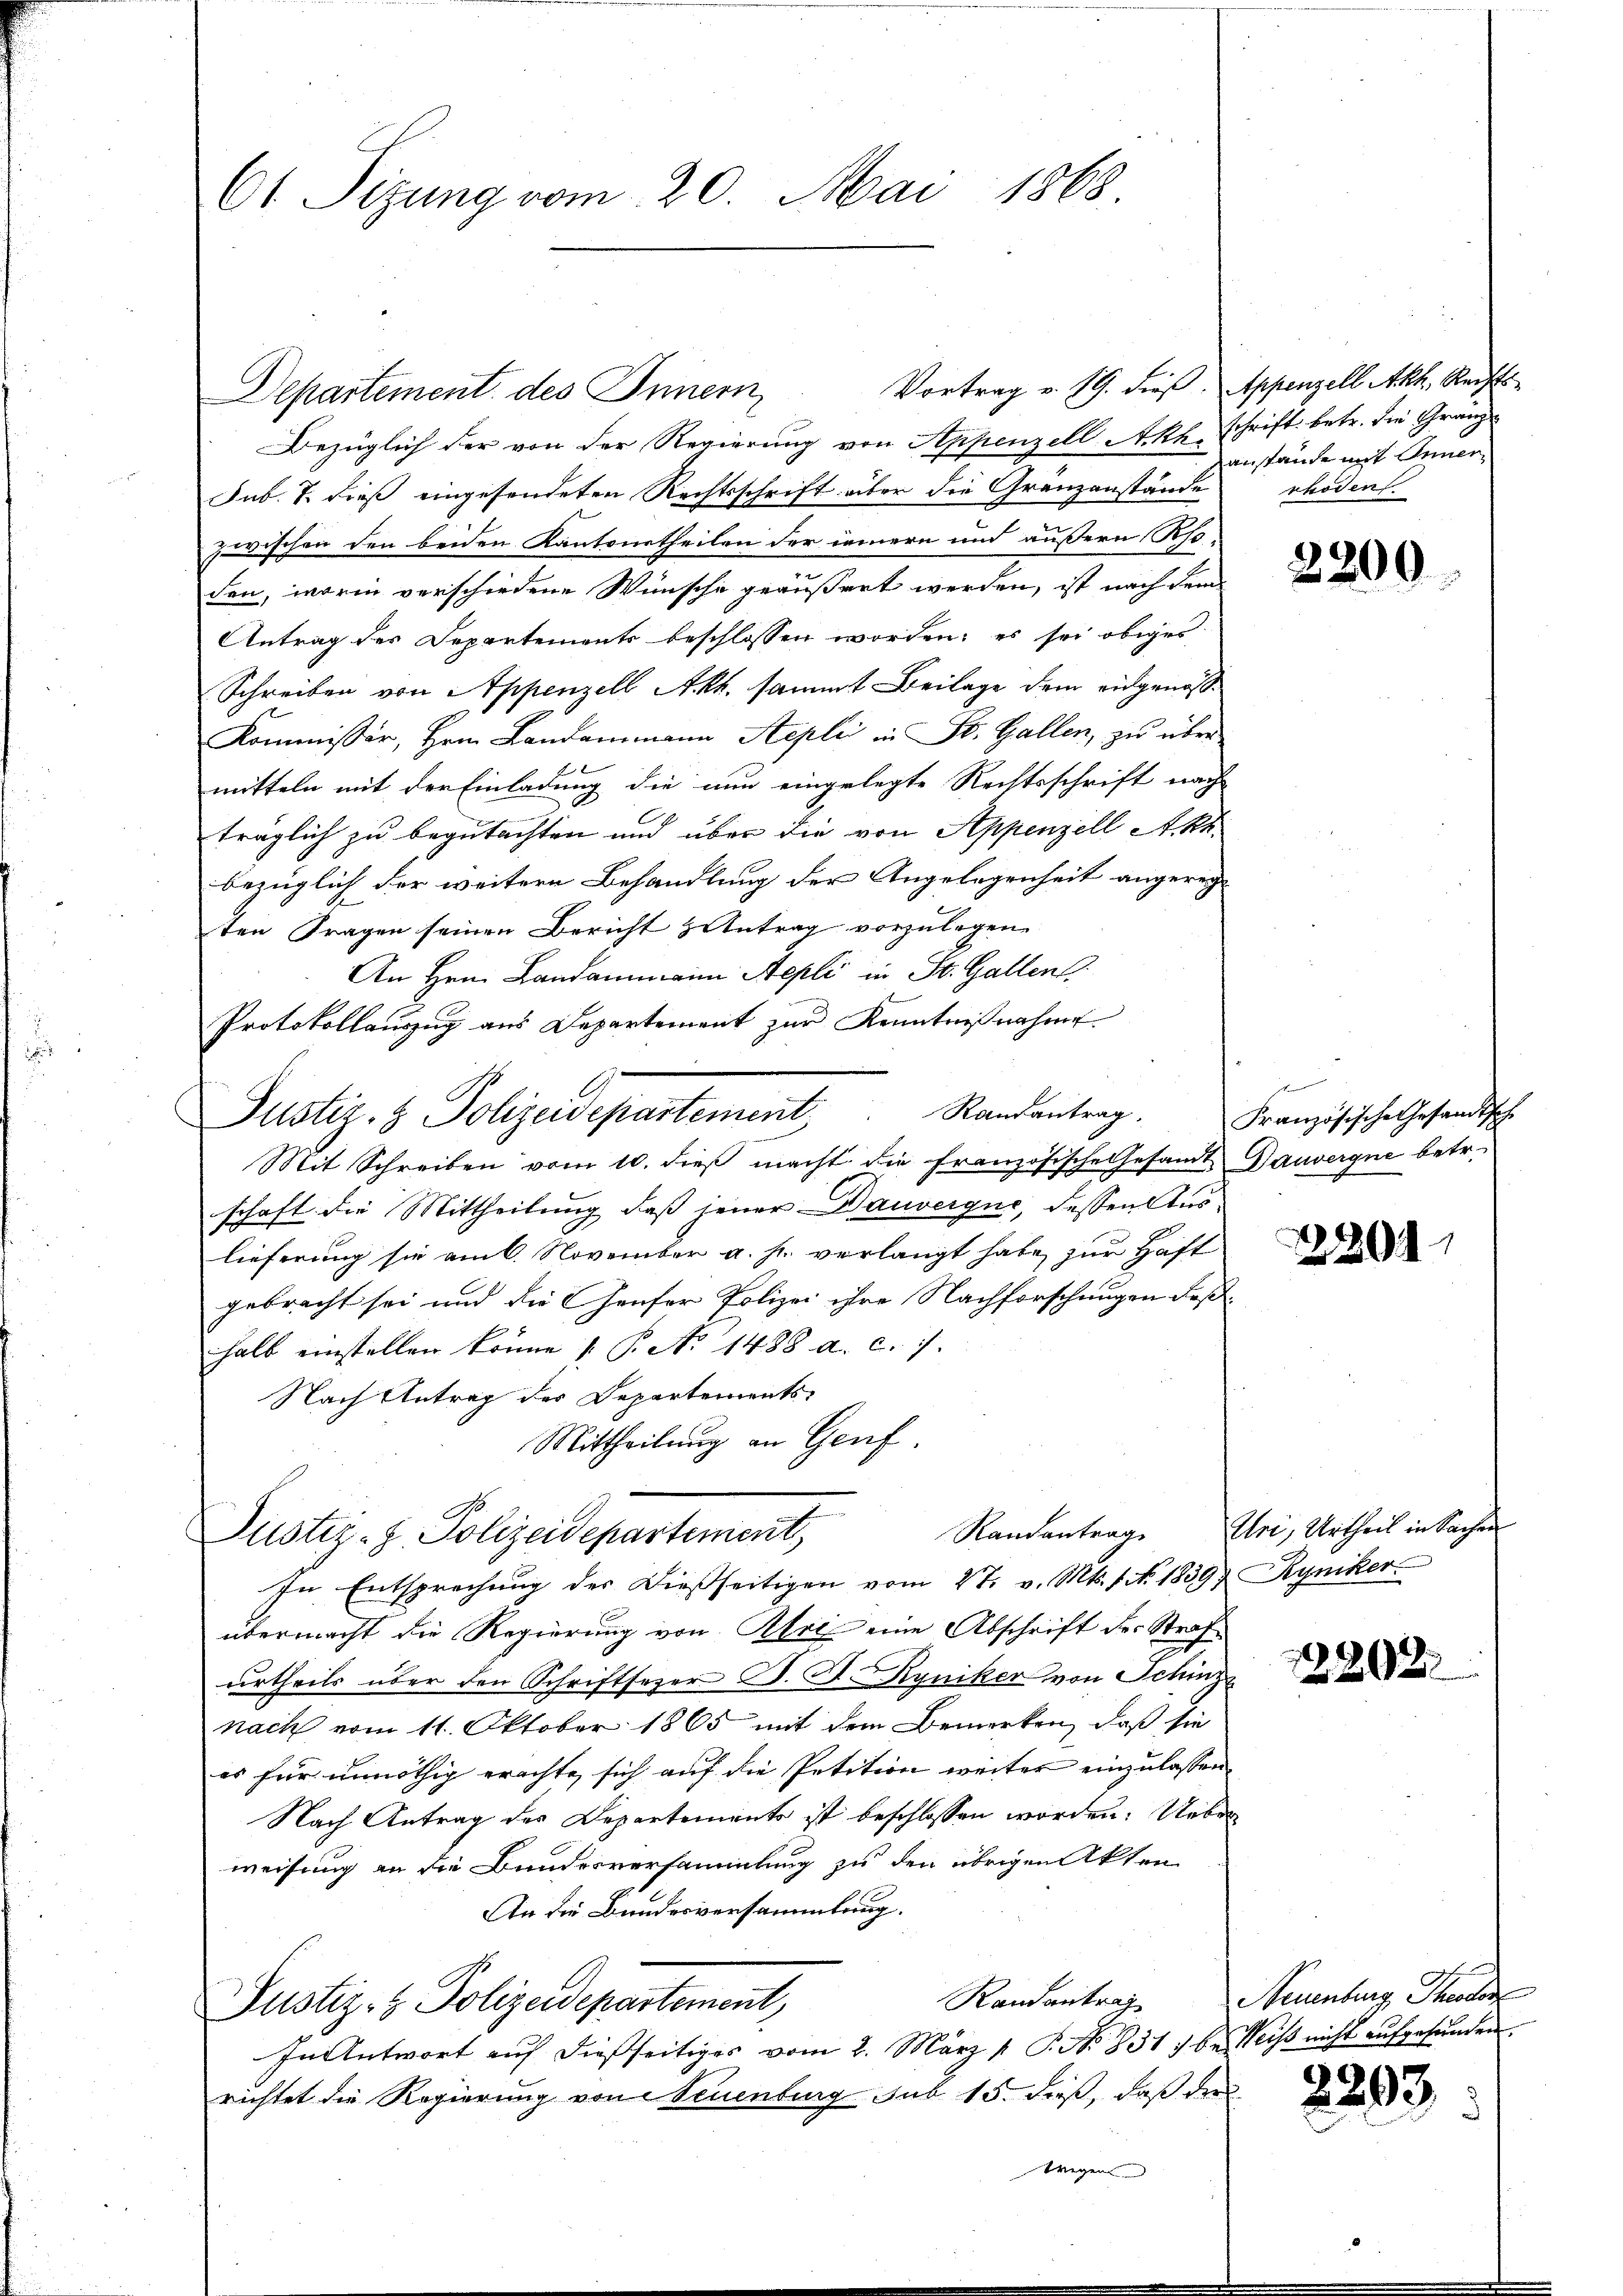
61 Sizung vom 20. Mai 1868.

Departement des Innern,

Justiz- & Polizadepartement

Bezüglich der von der Regierung von Appenzell Akh. Schrift betr. die Gränz¬
Sub. 7. dieß eingesendeten Rechtsschrift über die Granzanstände
zwischen den beiden Kantonetheilen der innern und äußern Rhoden, worin verschiedene Wünsche geäußert werden, ist nach dem
Antrag des Departements beschlossen worden; es sei obiges
Schreiben von Appenzell A.Rh. sammt Beilage dem eidgenös¬
Kommissär, Hrn. Landammann Stepli in St. Gallen, zŭ über
mitteln mit der Einladung die nun eingelegte Rechtsschrift nach
träglich zu begutachten und über die von Appenzell A. kk.
bezüglich der weitere Behandlung der Angelegenheit angereg-
ten Fragen seinen Bericht Antrag vorzulegen.
An Hrn. Landammann Aepli in St. Gallen
Protokollauszug aus Departement zur Kenntnißnahme
Randantrag.
Mit Schreiben vom 10. dieβ macht die französische Gesamt Bauvergne betr.
schaft die Mittheilung dass jener Dauverque, dessen Auslieferung sie am 6. November a. h. verlangt habe zur Haft
gebracht sei und die Hauser Polizei ihre Nachforschungen deßhalb einstellen könne  P. Nr. 1488 a. c. 7.
Nach Antrag des Departements-
Mittheilung an Genf
Justiz-Z. Polizeidepartement,
In Entsprechung der dießseitigen vom 27. v. Mts. 1. 1839 Ryniker
übermacht die Regierung von Art eine Abschrift der Strafurtheils über den Schriftsezer B. G. Ryniker von Schinz
nach vom 11. Oktober 1865 mit dem Bemerken, daß sie
es für unnöthig erachte sich auf die Petition weiter einzulassen. |
Nach Antrag des Departements ist beschlossen worden. Ueber
weisung an die Bundesversammlung zu den übrigen Akten
An die Bundesversammlung.
Randantrag
Justiz- & Polizeidepartement,
In Antwort auf dießseitiges vom 2. März 1. P. No. 831 7 be Weiss nicht aufgefunden.
richtet die Regierung von Neuenburg sub 15. dieß, daß der
wegen

Vortrag v. 19. dieß. Appenzell Akt, Rechts-

anstände mit Inner
rhoden.

2200

Französische Gesandtsche

2299

Randantrag. Uri, Urtheil in Sachen

22202

Neuenburg Theodor

2293.